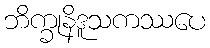
ဘိက္ခုနိဒူသကဿပေ